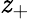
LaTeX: \mathit{z}_{+}